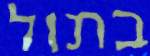
בתול